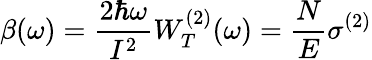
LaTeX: \beta(\omega)={\frac{2\hbar\omega}{I^{2}}}W_{T}^{(2)}(\omega)={\frac{N}{E}}\sigma^{(2)}